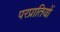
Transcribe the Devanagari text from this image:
परप्रातियों